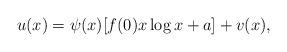
LaTeX: \begin{align*} u(x)=\psi(x)[f(0)x\log x+a]+v(x), \end{align*}